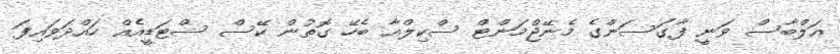
އަލްބާސް ވަނީ ފާގަސަންގެ މެނޭޖްމަންޓް ސްކިލްއާ ބެހޭ ގޮތުން ކޭސް ސްޓަޑީއެއް ހައްދަވައިފަ